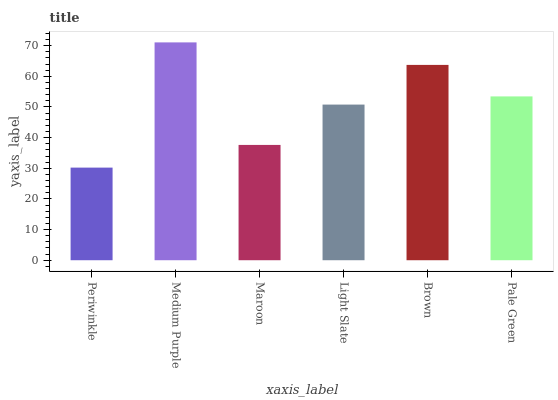
| xaxis_label | bars |
 | --- | --- |
 | Periwinkle | 30.2 |
 | Medium Purple | 71.1 |
 | Maroon | 37.6 |
 | Light Slate | 50.8 |
 | Brown | 63.7 |
 | Pale Green | 53.4 |